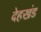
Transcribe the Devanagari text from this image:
देहखंड